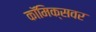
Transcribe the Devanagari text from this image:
कॉमिक्सवर